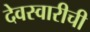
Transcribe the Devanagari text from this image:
देवस्वारीची